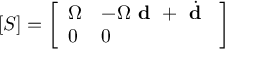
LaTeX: [ S ] = { \left[ \begin{array} { l l } { \Omega } & { - \Omega { \textbf { d } } + { \dot { \textbf { d } } } } \\ { 0 } & { 0 } \end{array} \right] }